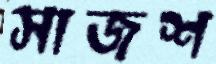
সাজশ